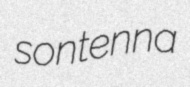
sontenna